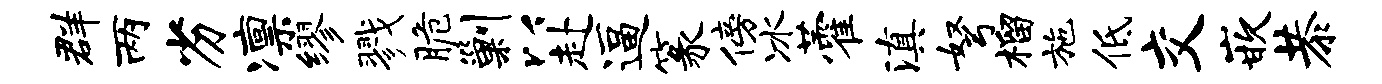
群两劣凛缪戮脆剿以赴逼篆傍冰藿滇弩榴施低交嵌恭